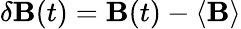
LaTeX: \delta\mathbf{B}(t)=\mathbf{B}(t)-\langle\mathbf{B}\rangle